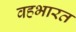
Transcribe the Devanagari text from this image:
वहभारत